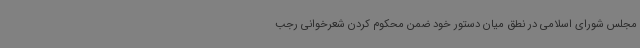
مجلس شورای اسلامی در نطق میان دستور خود ضمن محکوم کردن شعرخوانی رجب